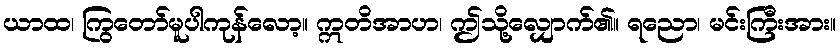
ယာထ၊ ကြွတော်မူပါကုန်လော့။ ဣတိအာဟ၊ ဤသို့လျှောက်၏။ ရညော၊ မင်းကြီးအား။